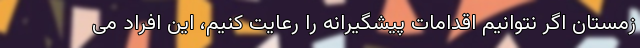
زمستان اگر نتوانیم اقدامات پیشگیرانه را رعایت کنیم، این افراد می